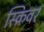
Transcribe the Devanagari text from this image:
स्क्रिवर